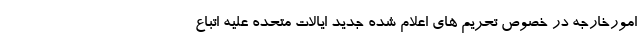
امورخارجه در خصوص تحریم های اعلام شده جدید ایالات متحده علیه اتباع